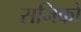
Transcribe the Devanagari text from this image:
सनिको